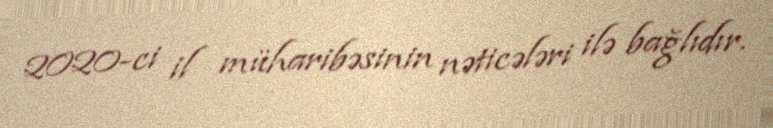
2020-ci il müharibəsinin nəticələri ilə bağlıdır.